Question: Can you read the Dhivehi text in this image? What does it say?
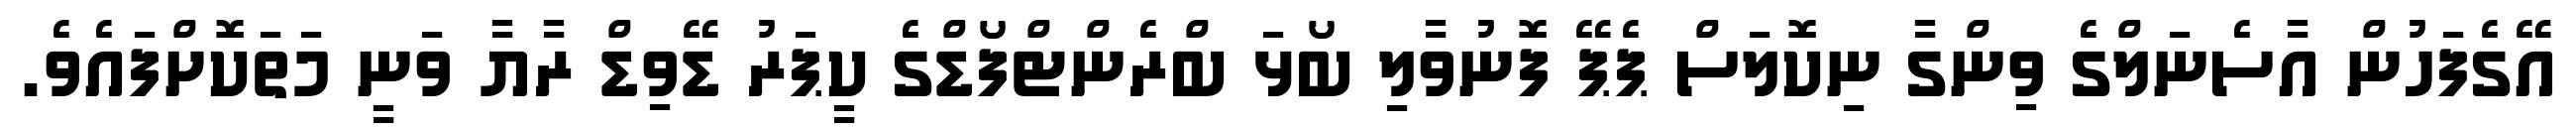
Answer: އޭގެފަހުން އާސެނަލްގެ ވިންގާ ނިކޮލަސް ޕެޕޭ ފޮނުވާލި ބޯޅަ ބްރެންޓްފޯޑްގެ ކީޕަރު ޑޭވިޑް ރާޔާ ވަނީ މަތަކޮށްފައެވެ.